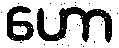
ဟော